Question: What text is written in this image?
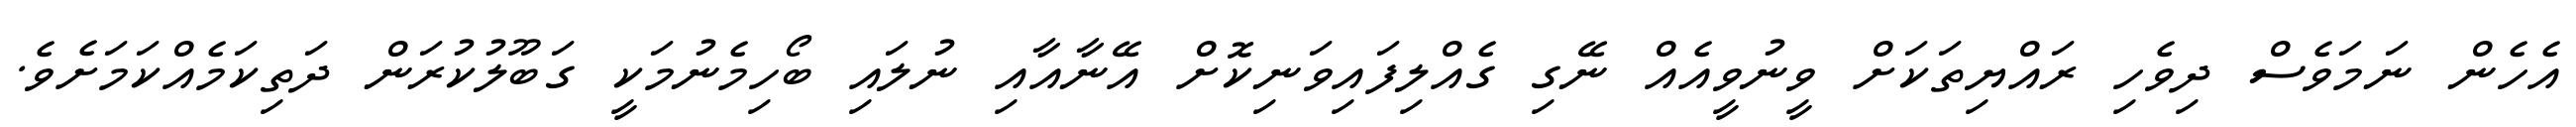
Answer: އެހެން ނަމަވެސް ދިވެހި ރައްޔިތަކަށް ވީނުވީއެއް ނޭގި ގެއްލިފައިވަނިކޮށް އޭނާއާއި ނުލައި ބޯހިމެނުމަކީ ގަބޫލުކުރަން ދަތިކަމެއްކަމަށެވެ.